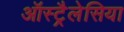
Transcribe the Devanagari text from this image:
ऑस्ट्रैलेसिया